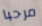
مرحبا